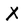
Character: X